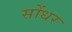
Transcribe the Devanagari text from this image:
सोंधर